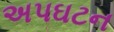
અપઘટન